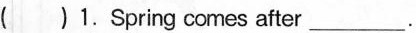
( )1.Spring comes after___.